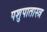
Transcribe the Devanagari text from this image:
पशुपातास्त्र